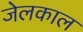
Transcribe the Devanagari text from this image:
जेलकाल